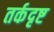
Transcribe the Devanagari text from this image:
तर्कदृष्ट